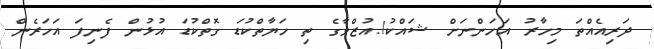
ދަރިއެއްތަ މިހާރު އަހަންނަށް ޝައްކު!.އުޒްވާގެ ތި ހަޔާތްކުޑަ ގޮތްކުޑަ އުޅުން ފެނިފަ އަހަރެން